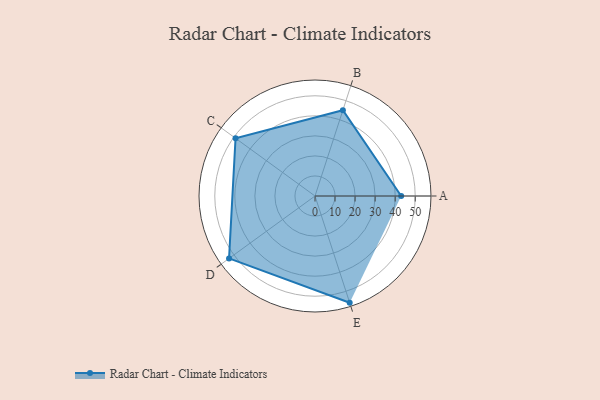
{"axis": {"x": "Skill", "y": "Score"}, "legend": ["Profile"], "data": [{"x": "A", "y": 43.0, "type": "Profile"}, {"x": "B", "y": 45.0, "type": "Profile"}, {"x": "C", "y": 49.0, "type": "Profile"}, {"x": "D", "y": 53.0, "type": "Profile"}, {"x": "E", "y": 56.0, "type": "Profile"}]}